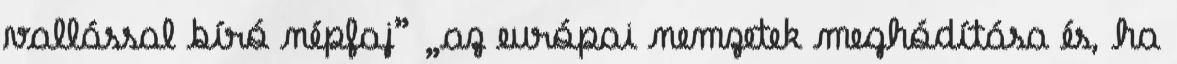
vallással bíró népfaj” „az európai nemzetek meghódítása és, ha